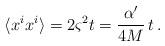
LaTeX: \begin{align*}\langle x^i x^i \rangle = 2 \varsigma^2 t=\frac{\alpha'}{4M} \, t \, .\end{align*}